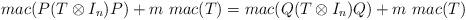
LaTeX: \begin{align*}mac(P(T \otimes I_n)P) + m\ mac(T) = mac(Q(T \otimes I_n)Q) + m\ mac(T)\end{align*}